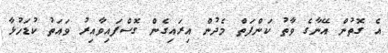
އެ ގޮތުން އޭނާގެ ވާތު ކަންފަތް މެދުން އިރައިގެން ގޮސްފައިވާއިރު ވައަތު ކުޑަހުޅާ